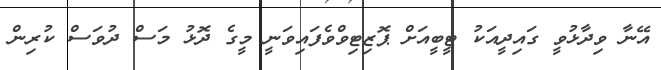
އޭނާ ވިދާޅުވީ ގައިދީއަކު ޓީބީއަށް ޕޮޒިޓިވްވެފައިވަނީ މީގެ ދޮޅު މަސް ދުވަސް ކުރިން